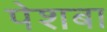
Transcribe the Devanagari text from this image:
पेशबा